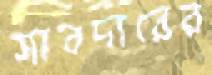
সাবদারের